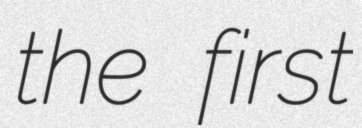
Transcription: the first